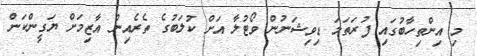
މި އިންތިހާބުގައި ފުރަތަމަ ޑިވިޝަނުން ވޯޓުލާ އަށް ކުލަބުގެ ތެރެއިން އާޒިމަށް ޔަގީންކަން